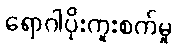
ရောဂါပိုးကူးစက်မှု